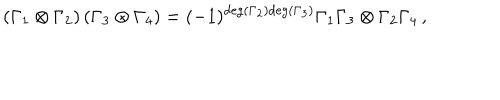
\left( \Gamma _ { 1 } \otimes \Gamma _ { 2 } \right) \left( \Gamma _ { 3 } \otimes \Gamma _ { 4 } \right) = ( - 1 ) ^ { \mathrm { d e g } \left( \Gamma _ { 2 } \right) \mathrm { d e g } \left( \Gamma _ { 3 } \right) } \Gamma _ { 1 } \Gamma _ { 3 } \otimes \Gamma _ { 2 } \Gamma _ { 4 } \, ,